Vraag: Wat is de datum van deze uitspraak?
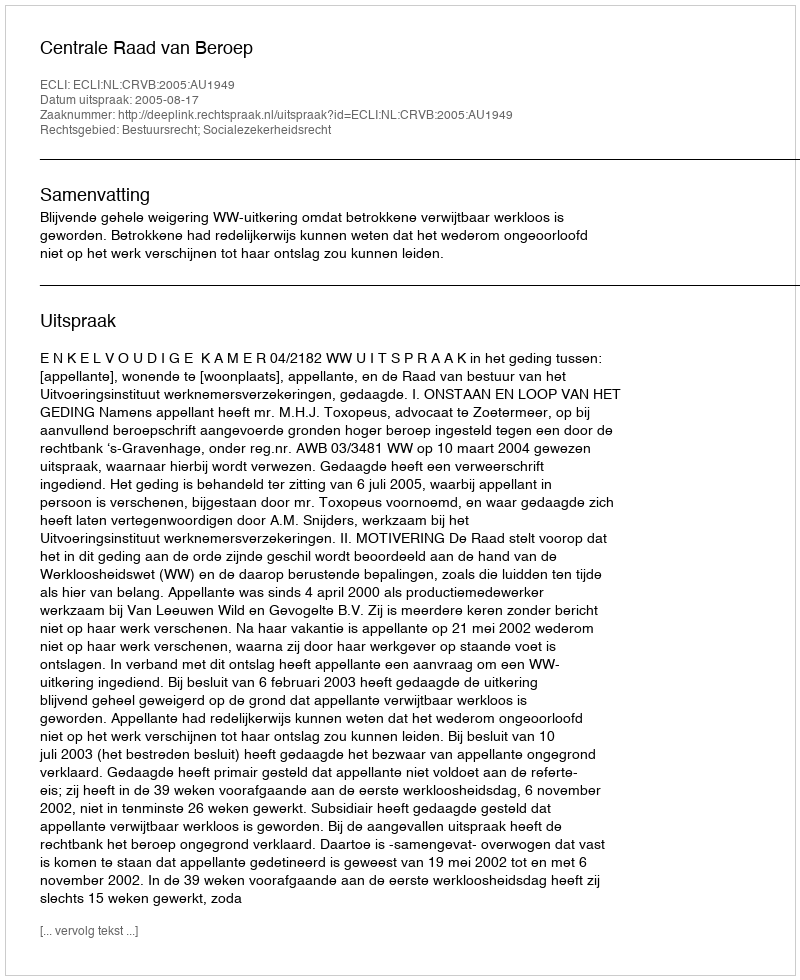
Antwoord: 2005-08-17